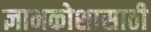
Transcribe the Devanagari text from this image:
ज्ञानकोशासाठी